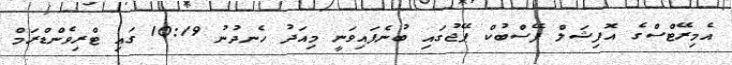
އެމިރޭޓްސްގެ އޮފިޝަލް ފޭސްބުކް ޕޭޖުގައި ބުނެފައިވަނީ މިއަދު ހެނދުނު 10:19 ގައި ޓްރިވެންޑްރަމް